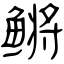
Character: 鳉